Civil Veterinary Dept. North-West Frontier Province 1923-32 - 1923-1932
Year: 1923
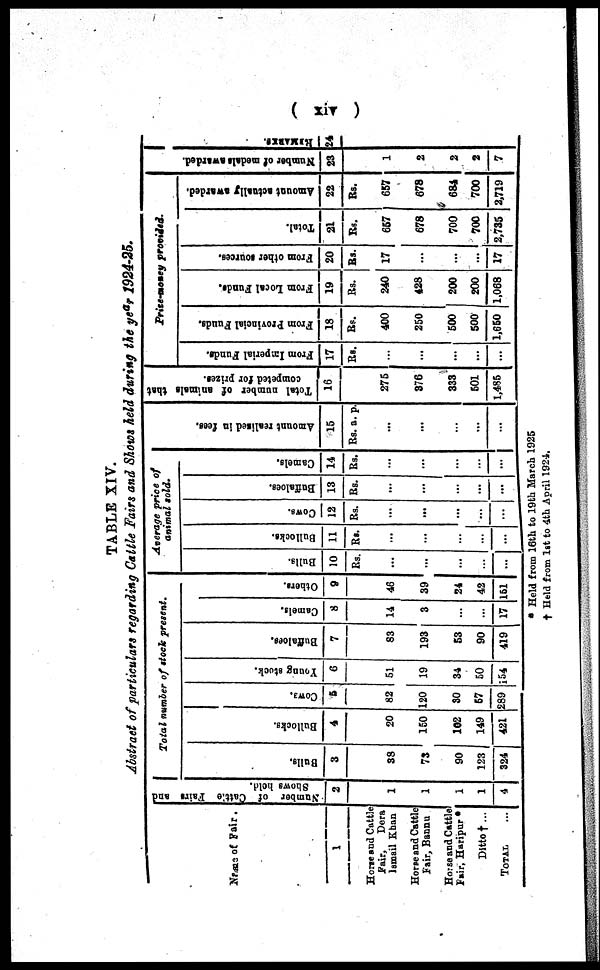
( xiv )
TABLE XIV.
Abstract of particulars regarding Cattle Fairs and Shows held during the year 1924-25.
Name of Fair.
1
Horse and Cattle
Fair,
Dera
Ismail Khan
Horse and Cattle
Fair, Bannu
Horse and Cattle
Fair, Haripur *
Ditto † ...
TOTAL ...
Number of Cattle Fairs and
Shows hold.
2
1
1
1
1
4
Total number of stock present.
Bulls.
3
38
73
90
123
324
Bullocks.
4
20
150
102
149
421
Cows.
5
82
120
30
57
289
Young stock.
6
51
19
34
50
154
Buffaloes.
7
83
193
53
90
419
Camels.
8
14
3
...
...
17
Others.
9
46
39
24
42
151
Average price of
animal sold.
Bulls.
10
Rs.
...
...
...
...
...
Bullocks.
11
Rs.
...
...
...
...
...
Cows.
12
Rs.
...
...
...
...
...
Buffaloes.
13
Rs.
...
...
...
...
...
Camels.
14
Rs.
...
...
...
...
Amo u n t r e a l i s e d in fees.
15
Rs. a. p.
...
...
...
...
...
Total number of animals that
competed for prizes.
16
275
376
333
501
1,485
Prize-money provided.
From Imperial Funds.
17
Rs.
...
...
...
...
...
From Provincial Funds.
18
Rs.
400
250
500
500
1,650
From Local Funds.
19
Rs.
240
428
200
200
1,068
From other sources.
20
Rs.
17
...
...
...
17
Total.
21
Rs.
657
678
700
700
2,735
Amount actually awarded.
22
Rs.
657
678
684
700
2,719
Nu mb e r of medals awarded.
23
1
2
2
2
7
REMARKS.
24
* Held from 16th to 19th March 1925
† Held from 1st to 4th April 1924.